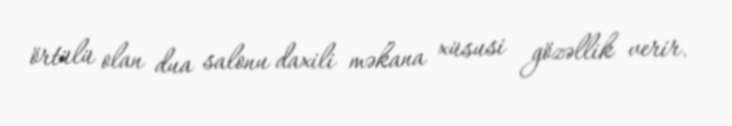
örtülü olan dua salonu daxili məkana xüsusi gözəllik verir.